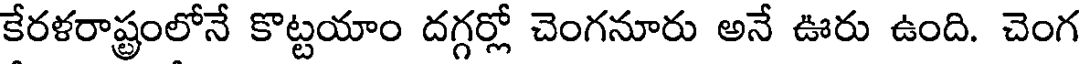
కేరళరాష్ట్రంలోనే కొట్టయాం దగ్గర్లో చెంగనూరు అనే ఊరు ఉంది. చెంగ